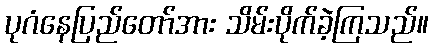
ပုဂံနေပြည်တော်အား သိမ်းပိုက်ခဲ့ကြသည်။